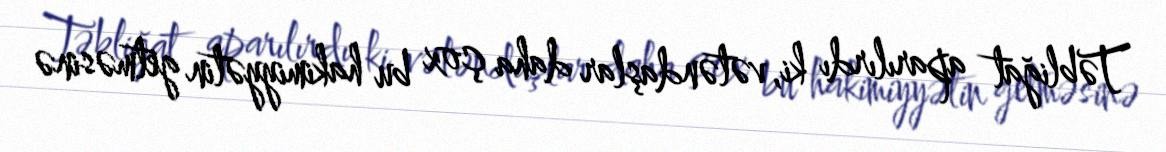
Təbliğat aparılırdı ki, vətəndaşlar daha çox bu hakimiyyətin getməsinə